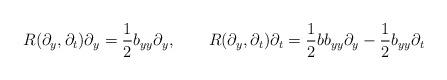
LaTeX: \begin{align*}R(\partial_y,\partial_t)\partial_y=\frac{1}{2}b_{yy}\partial_y, \ \ \ \ \ \ R(\partial_y,\partial_t)\partial_t=\frac{1}{2}bb_{yy}\partial_y-\frac{1}{2}b_{yy}\partial_t\end{align*}